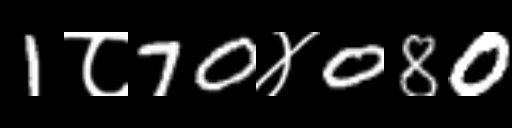
Text: 1८70४080